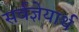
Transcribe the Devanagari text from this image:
सर्वज्ञेयार्थ